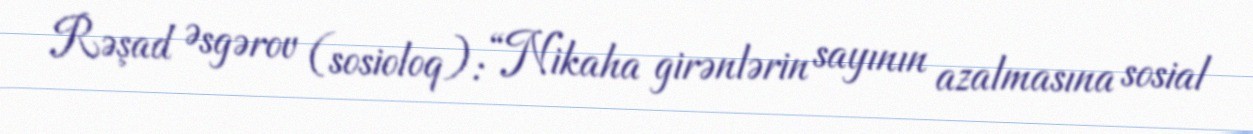
Rəşad Əsgərov (sosioloq): “Nikaha girənlərin sayının azalmasına sosial